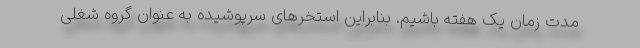
مدت زمان یک هفته باشیم. بنابراین استخرهای سرپوشیده به عنوان گروه شغلی